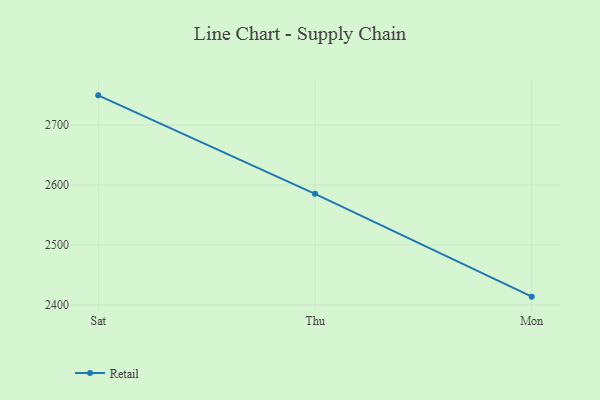
{"axis": {"x": "Day", "y": "Budget (USD K)"}, "legend": ["Retail"], "data": [{"x": "Sat", "y": 2749.5, "type": "Retail"}, {"x": "Thu", "y": 2585.3, "type": "Retail"}, {"x": "Mon", "y": 2413.8, "type": "Retail"}]}